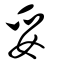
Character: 妥